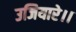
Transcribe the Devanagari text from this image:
उजियारे।।